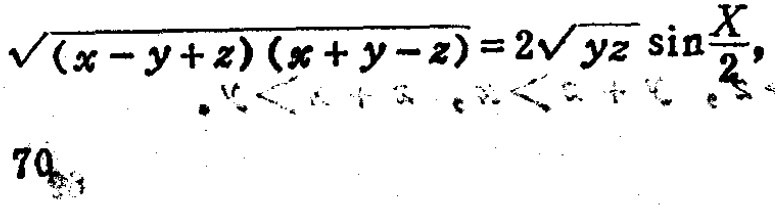
\(\sqrt{(x - y + z)(x + y - z)} = 2\sqrt{yz}\sin\frac{X}{2}\)